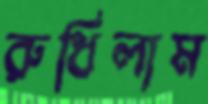
রুধিলাম